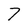
Character: 7